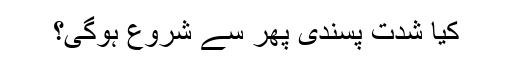
کیا شدت پسندی پھر سے شروع ہوگی؟